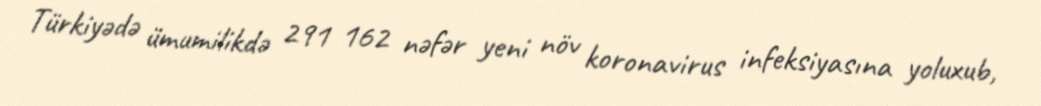
Türkiyədə ümumilikdə 291 162 nəfər yeni növ koronavirus infeksiyasına yoluxub,